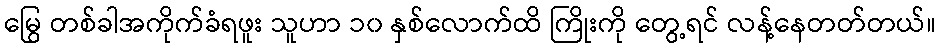
မြွေ တစ်ခါအကိုက်ခံရဖူး သူဟာ ၁၀ နှစ်လောက်ထိ ကြိုးကို တွေ့ရင် လန့်နေတတ်တယ်။